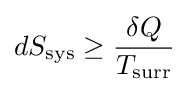
dS_{\text{sys}}\geq {\frac {\delta Q}{T_{\text{surr}}}}